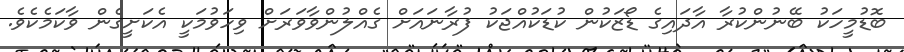
ބޮޑުމީހަކު ބޭނުންކުރާ އާދައިގެ ޑޯޒަކުން ކުޑަކުއްޖަކު ފުރާނައަށް ގެއްލުންވާވަރަށް ވިހަވުމަކީ އެކަށީގެން ވާކަމެކެވެ.